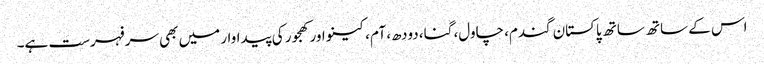
اس کے ساتھ ساتھ پاکستان گندم، چاول، گنا، دودھ، آم، کینو اور کھجور کی پیداوار میں بھی سرفہرست ہے۔